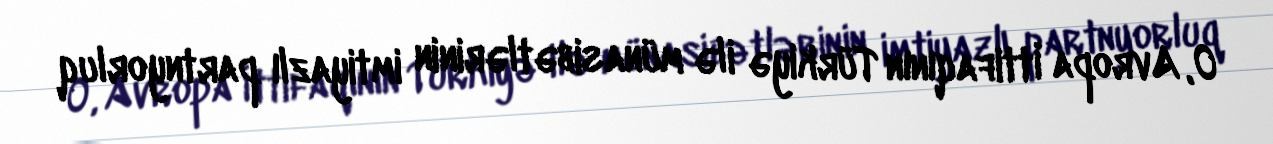
O, Avropa İttifaqının Türkiyə ilə münasibətlərinin imtiyazlı partnyorluq